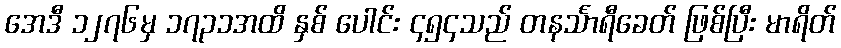
အေဒီ ၁၂၇၆မှ ၁၇၃၁အထိ နှစ် ပေါင်း ၄၅၄သည် တနင်္သာရီခေတ် ဖြစ်ပြီး မာရိတ်